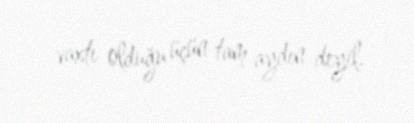
vaxtı olduğu üçün tam aydın deyil.